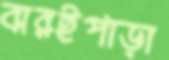
বারইপাড়া